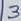
Text: 3